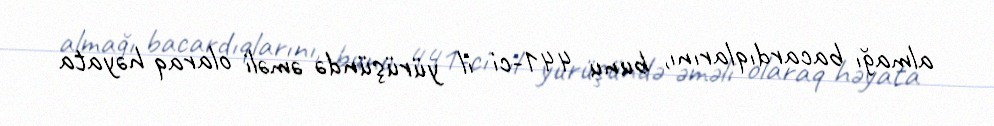
almağı bacardıqlarını, bunu 441-ci il yürüşündə əməli olaraq həyata